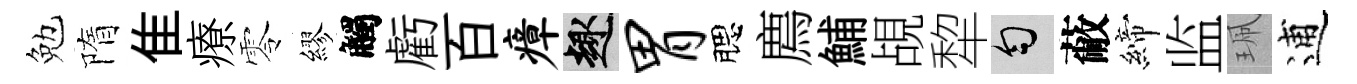
勉隋隹療零繆觸虧百瘴趣胃腮廌鯆覘犂匀蔽締监珮逋